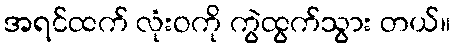
အရင်ထက် လုံးဝကို ကွဲထွက်သွား တယ်။